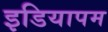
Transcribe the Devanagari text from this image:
इडियापम